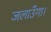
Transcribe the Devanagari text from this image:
जलाउँगा।